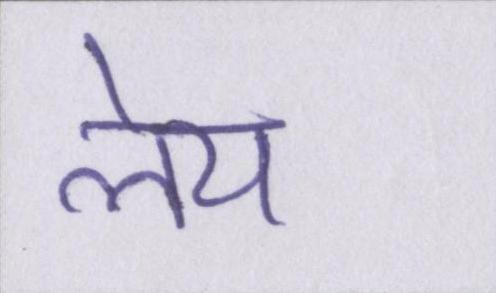
लेय